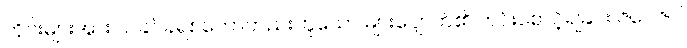
ကိုင်းများအား သခင်ခရစ်တော်တည်းဟူသော များပျောက်၏ ကင်းစောင့်ရခြင်း ဇဝေဇဝါ